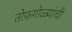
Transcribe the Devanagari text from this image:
तोफगोळ्यांची